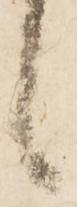
候